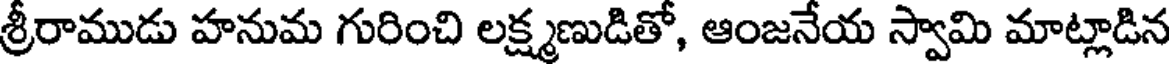
శ్రీరాముడు హనుమ గురించి లక్ష్మణుడితో, ఆంజనేయ స్వామి మాట్లాడిన